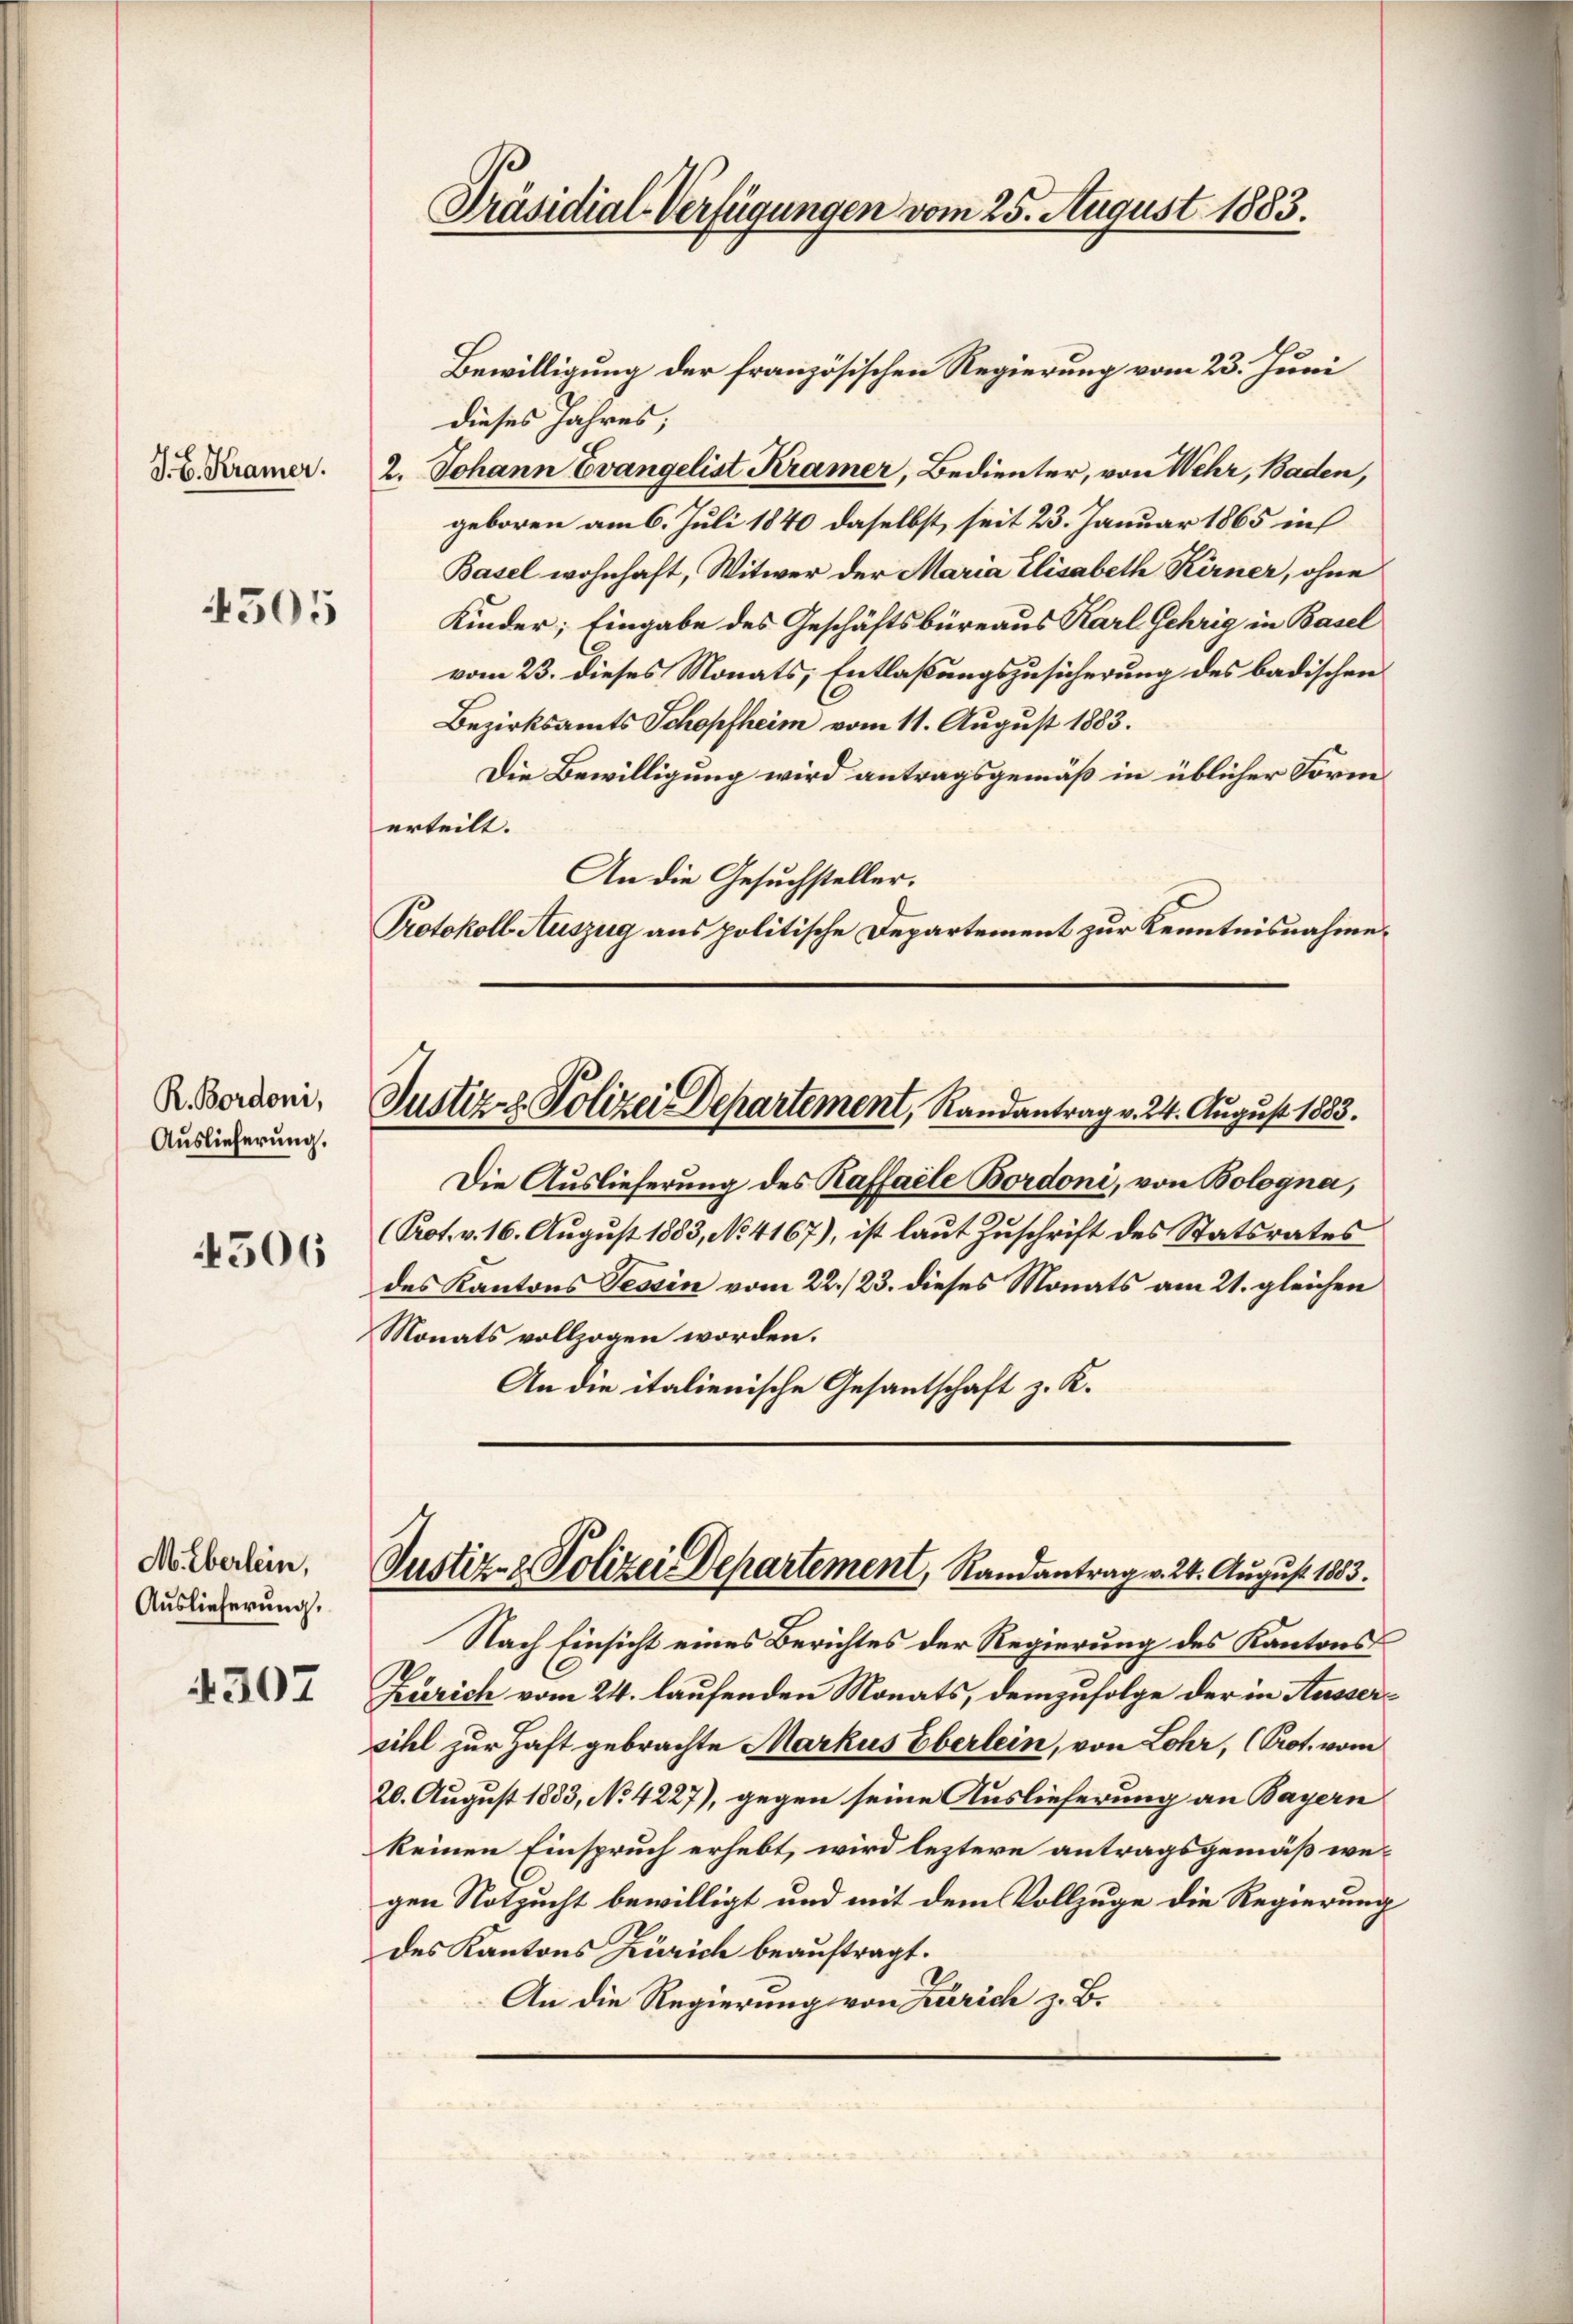
J. B. Kramer.

4505

R. Bordoni,
Auslieferung.

4506

M. Eberlein,
Auslieferung.

4307

Präsidial-Verfügungen vom 25. August 1883.

Bewilligung der französischen Regierung vom 23. Juni
dieses Jahres;
2. Johann Evangelist Kramer, Bedienter, von Wehr, Baden,
geboren am 6. Juli 1840 daselbst, seit 23. Januar 1865 in
Basel wohnhaft, Witwer der Maria Elisabeth Kerner, ohne
Kinder; Eingabe des Geschäftsbüreaus Karl Gehrig in Basel
vom 23. dieses Monats, Entlaßungszusicherung des badischen
Bezirksamts Schopfheim vom 11. August 1883.
Die Bewilligung wird antragsgemäß in üblicher Form
erteilt.
An die Gesuchsteller.
Protokoll Auszug aus politische Departement zur Kenntnisnahme.

Die Auslieferung des Raffalle Bordoni, von Bologna,
(Pot. v. 16. August 1883, No 4167), ist laut Zuschrift des Statsrates
des Kantons Tessin vom 22./23. dieses Monats am 21. gleichen
Monats vollzogen worden.
An die italienische Gesantschaft z. K.

Nach Einsicht eines Berichtes der Regierung des Kantons
Zürich vom 24. laufenden Monats, demzufolge der in Aussersihl zur Haft gebrachte Markus Eberlein, von Lohr, (Prot. vom
20. August 1883, No 4227), gegen seine Auslieferung an Bayern
keinen Einspruch erhebt, wird leztere antragsgemäß wegen Notzucht bewilligt und mit dem Vollzuge die Regierung
des Kantons Zürich beauftragt.
An die Regierung von Zürich z. B.

Justiz- & Polizei Departement, Randantrag v. 24. August 1883.

Justiz- & Polizei Departement, Randantrag v. 24. August 1883.